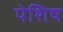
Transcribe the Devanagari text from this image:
पेशिष